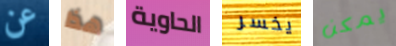
عن هذا الحاوية يخسر يمكن